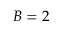
B = 2